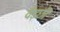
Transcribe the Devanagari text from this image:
वेड़छी